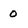
Character: 0